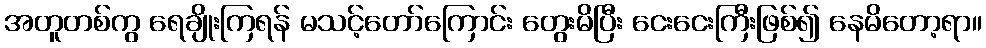
အတူတစ်ကွ ရေချိုးကြရန် မသင့်တော်ကြောင်း တွေးမိပြီး ငေးငေးကြီးဖြစ်၍ နေမိတော့ရာ။